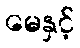
မေနှင့်